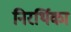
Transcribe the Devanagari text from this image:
निरर्थिका